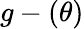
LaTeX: g-(\theta)